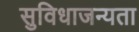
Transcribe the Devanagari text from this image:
सुविधाजन्यता